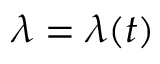
\lambda = \lambda ( t )